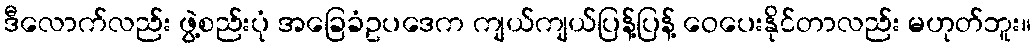
ဒီလောက်လည်း ဖွဲ့စည်းပုံ အခြေခံဥပဒေက ကျယ်ကျယ်ပြန့်ပြန့် ဝေပေးနိုင်တာလည်း မဟုတ်ဘူး။